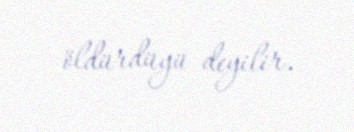
öldürdüyü deyilir.